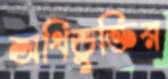
অধিভুক্তির